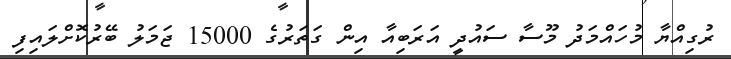
ރުގިއްޔާ މުހައްމަދު މޫސާ ސައުދީ އަރަބިއާ އިން ގަތަރުގެ 15000 ޖަމަލު ބޭރުކޮށްލައިފި